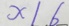
x / 6